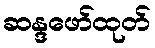
ဆန္ဒဖော်ထုတ်